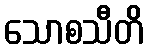
သောစသီတိ